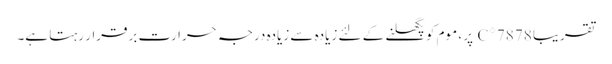
تقریبا 78 78 ° C پر ، موم کو پگھلنے کے لئے زیادہ سے زیادہ درجہ حرارت برقرار رہتا ہے۔